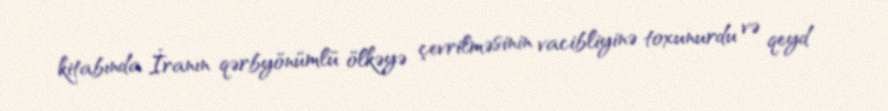
kitabında İranın qərbyönümlü ölkəyə çevrilməsinin vacibliyinə toxunurdu və qeyd